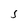
Character: 5